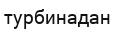
турбинадан